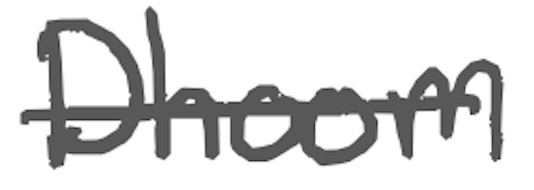
Text: Dhoom
Cross-out: single-line
Writing tool: digital_gray